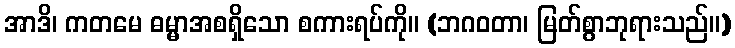
အာဒိ၊ ကတမေ ဓမ္မာအစရှိသော စကားရပ်ကို။ (ဘဂဝတာ၊ မြတ်စွာဘုရားသည်။)